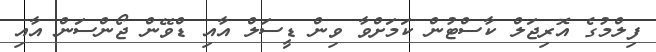
ފިލްމުގެ އޮރިޖަލް ކާސްޓުން ކަމަށްވާ ވިން ޑީސަލް އާއި ޑްވޭން ޖޯންސަން އާއި